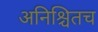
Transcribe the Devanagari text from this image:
अनिश्चितच